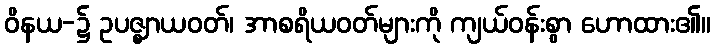
ဝိနယ-၌ ဥပဇ္ဈာယဝတ်၊ အာစရိယဝတ်များကို ကျယ်ဝန်းစွာ ဟောထား၏။